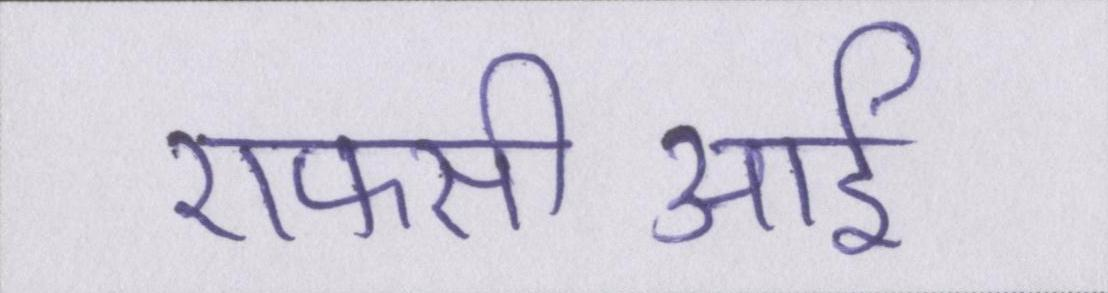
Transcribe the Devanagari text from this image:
एफसीआई